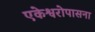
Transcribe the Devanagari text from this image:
एकेश्वरोपासना